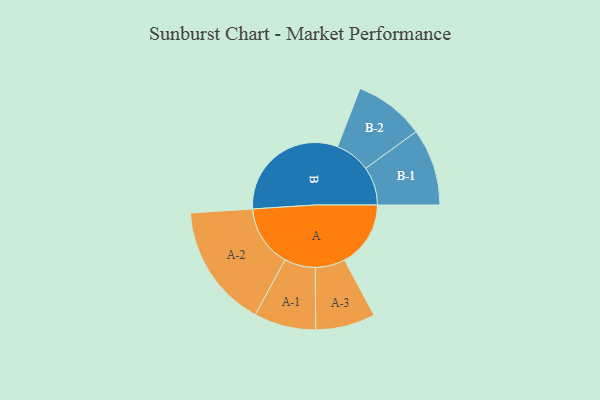
{"axis": {"x": "Segment", "y": "Value"}, "legend": ["", "A", "B"], "data": [{"x": "A", "y": 261, "type": ""}, {"x": "B", "y": 485, "type": ""}, {"x": "A-1", "y": 122, "type": "A"}, {"x": "A-2", "y": 244, "type": "A"}, {"x": "A-3", "y": 118, "type": "A"}, {"x": "B-1", "y": 152, "type": "B"}, {"x": "B-2", "y": 139, "type": "B"}]}